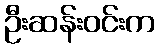
ဦးဆန်းဝင်းက